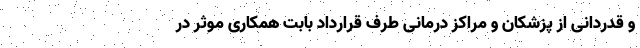
و قدردانی از پزشکان و مراکز درمانی طرف قرارداد بابت همکاری موثر در